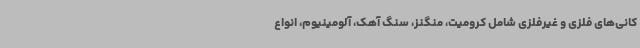
کانی‌های فلزی و غیرفلزی شامل کرومیت، منگنز، سنگ آهک، آلومینیوم، انواع